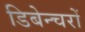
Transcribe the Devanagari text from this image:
डिबेन्‍चरों